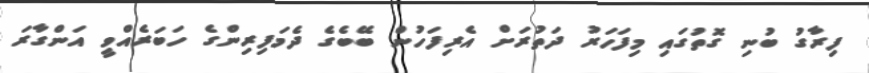
ފިރާގު ބުނި ގޮތުގައި މިފަހަރު ދަތުރަށް އެރިފަހުން ބޭބެގެ ދެމަފިރިންގެ ހަބަރެއްވީ އަންގާރަ